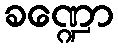
ခဏ္ဍော